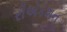
રીએકશન